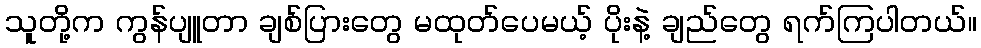
သူတို့က ကွန်ပျူတာ ချစ်ပြားတွေ မထုတ်ပေမယ့် ပိုးနဲ့ ချည်တွေ ရက်ကြပါတယ်။